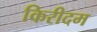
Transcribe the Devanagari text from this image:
किरीदम